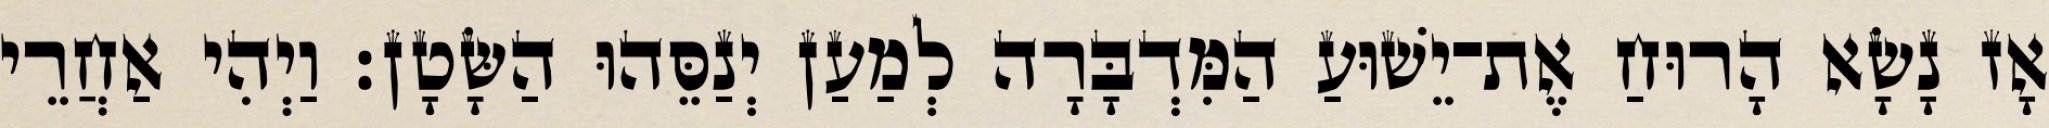
אָז נָשָׂא הָרוּחַ אֶת־יֵשׁוּעַ הַמִּדְבָּרָה לְמַעַן יְנַסֵּהוּ הַשָּׂטָן׃ וַיְהִי אַחֲרֵי